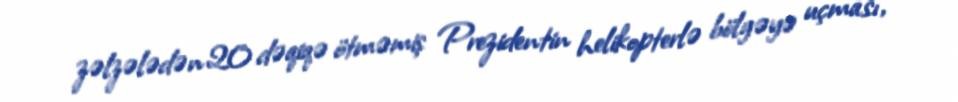
zəlzələdən 20 dəqiqə ötməmiş Prezidentin helikopterlə bölgəyə uçması,